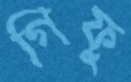
গিফু